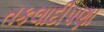
તકલાદીપણા